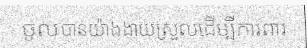
ចូលបានយ៉ាងងាយស្រួលដើម្បីការពារ